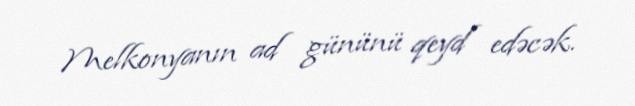
Melkonyanın ad gününü qeyd edəcək.